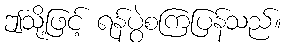
ဤသို့ဖြင့် ရန်ပွဲစကြပြန်သည်။